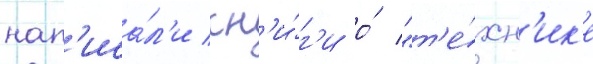
нап'иса́л'и кн'и́г'и о́ "т'е́хн'ик'е